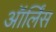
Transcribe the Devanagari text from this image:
ऑर्लिंस